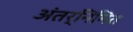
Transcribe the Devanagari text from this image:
अंतर्निमित